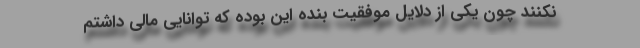
نکنند چون یکی از دلایل موفقیت بنده این بوده که توانایی مالی داشتم